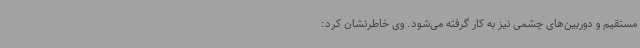
مستقیم و دوربین‌های چشمی نیز به کار گرفته می‌شود. وی خاطرنشان کرد: